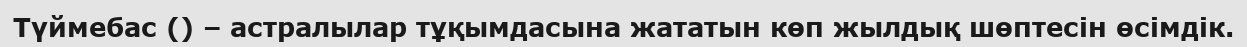
Түймебас () – астралылар тұқымдасына жататын көп жылдық шөптесін өсімдік.